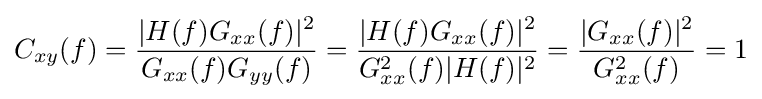
C_{xy}(f)={\frac {|H(f)G_{xx}(f)|^{2}}{G_{xx}(f)G_{yy}(f)}}={\frac {|H(f)G_{xx}(f)|^{2}}{G_{xx}^{2}(f)|H(f)|^{2}}}={\frac {|G_{xx}(f)|^{2}}{G_{xx}^{2}(f)}}=1